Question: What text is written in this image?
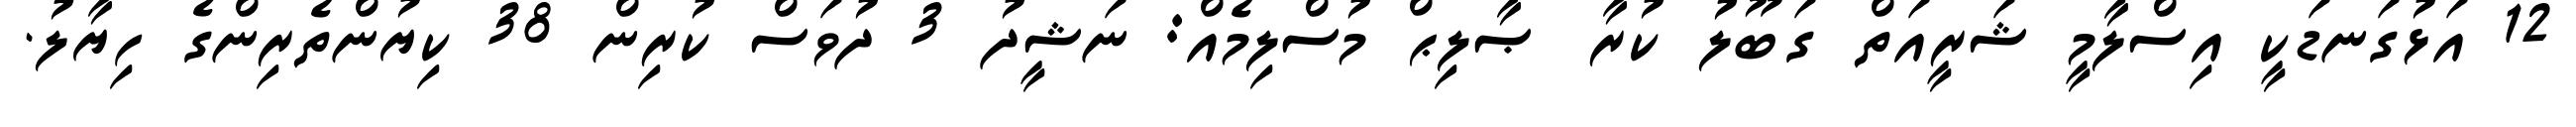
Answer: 12 އަޅުގަނޑަކީ އިސްލާމީ ޝަރީއަތް ގަބޫލު ކުރާ ޞާލިޙް މުސްލިމެއް: ނަޝީދު 3 ދުވަސް ކުރިން 38 ކިޔުންތެރިންގެ ހިޔާލު.